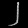
Digit: ၂